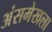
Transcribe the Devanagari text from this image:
अंसमेखला